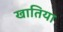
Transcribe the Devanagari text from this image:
खातिया